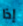
إذا